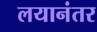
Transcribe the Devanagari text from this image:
लयानंतर